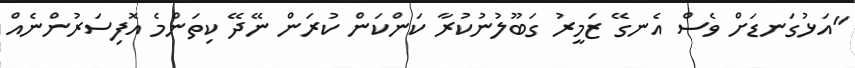
"އަޅުގަނޑަށް ވެސް އެނގޭ ޒަމީރު ގަބޫލުނުކުރާ ކަންކަން ކުރަން ނޭދޭ ކިތަންމެ އޮފިސަރުންނެއް